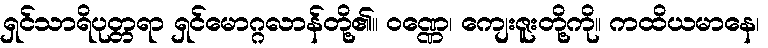
ရှင်သာရိပုတ္တရာ ရှင်မောဂ္ဂလာန်တို့၏။ ဝဏ္ဏေ၊ ကျေးဇူးတို့ကို။ ကထိယမာနေ၊